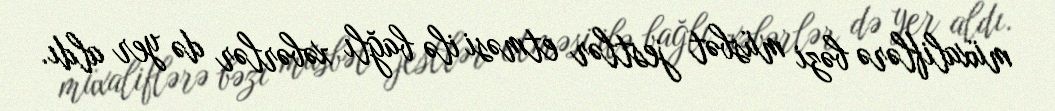
müxaliflərə bəzi müsbət jestlər etməsi ilə bağlı xəbərlər də yer aldı.